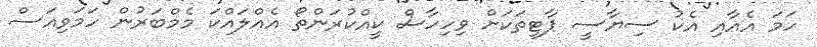
ހަމަ އެއާއި އެކު ސިޔާސީ ޕާޓީތަކަށް ވިހިހާސް ކީއްކުރަންތޯ އެއްލައްކަ މެމްބަރުން ހަމަވިއަސް